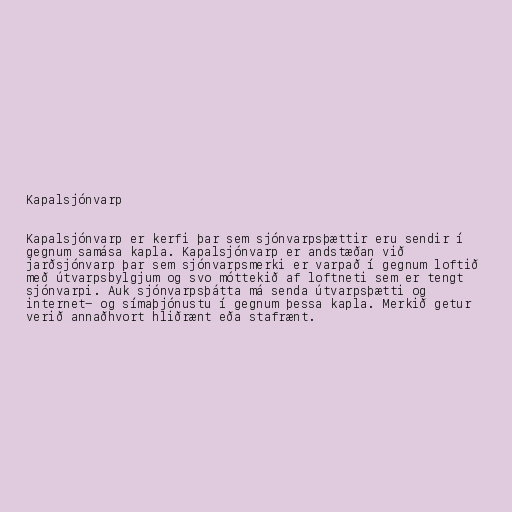
Kapalsjónvarp

Kapalsjónvarp er kerfi þar sem sjónvarpsþættir eru sendir í
gegnum samása kapla. Kapalsjónvarp er andstæðan við
jarðsjónvarp þar sem sjónvarpsmerki er varpað í gegnum loftið
með útvarpsbylgjum og svo móttekið af loftneti sem er tengt
sjónvarpi. Auk sjónvarpsþátta má senda útvarpsþætti og
internet- og símaþjónustu í gegnum þessa kapla. Merkið getur
verið annaðhvort hliðrænt eða stafrænt.